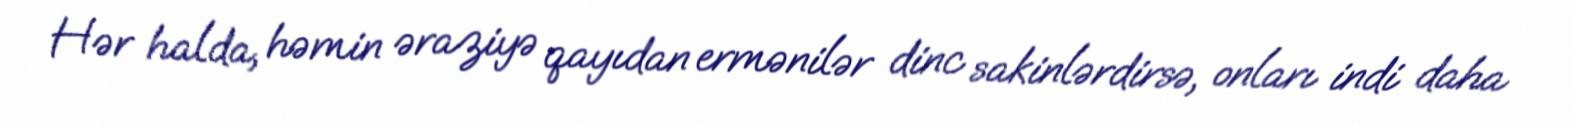
Hər halda, həmin əraziyə qayıdan ermənilər dinc sakinlərdirsə, onları indi daha